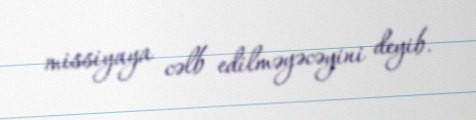
missiyaya cəlb edilməyəcəyini deyib.